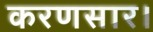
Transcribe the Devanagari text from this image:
करणसार।